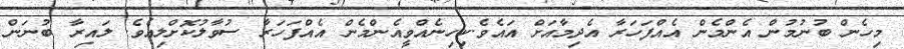
މިހެން ބުނުމުން އެންމެން އެއްފަހަރާ އެދިމާއަށް އައެވެ.ކިހިނެއްވީއެންމެން އެއްފަހަރާ ސުވާލުކޮށްލިއެވެ. ލައިރާ ބުނަން